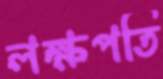
লক্ষপতি